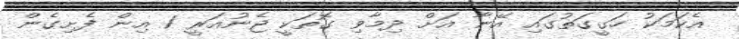
އެކަމަކު ހަގީގަތުގައި އޭނާ އަށް ދިމާވި ގޮތަކީ ޖެނުއަރީ 1 އިން ފެށިގެން